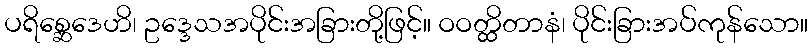
ပရိစ္ဆေဒေဟိ၊ ဥဒ္ဒေသအပိုင်းအခြားတို့ဖြင့်။ ဝဝတ္ထိတာနံ၊ ပိုင်းခြားအပ်ကုန်သော။